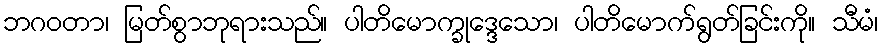
ဘဂဝတာ၊ မြတ်စွာဘုရားသည်။ ပါတိမောက္ခုဒ္ဒေသော၊ ပါတိမောက်ရွတ်ခြင်းကို။ သီမံ၊